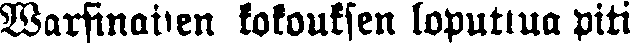
Warsinaisen kokouksen loputtua piti